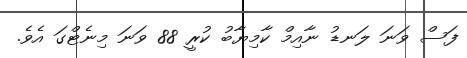
ފަސް ވަނަ ލަނޑު ނާއިމް ކާމިޔާބު ކުރީ 88 ވަނަ މިނެޓްގަ އެވެ.